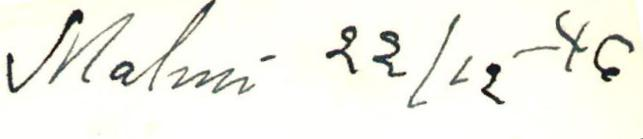
Malmi 22/12-46